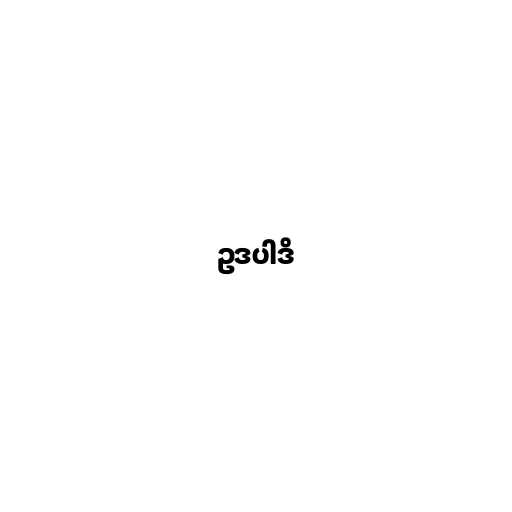
ဥဒပါဒိ